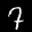
Label: 7